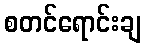
စတင်ရောင်းချ